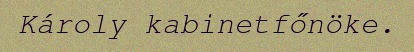
Károly kabinetfőnöke.